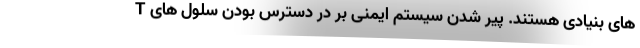
های بنیادی هستند. پیر شدن سیستم ایمنی بر در دسترس بودن سلول های T